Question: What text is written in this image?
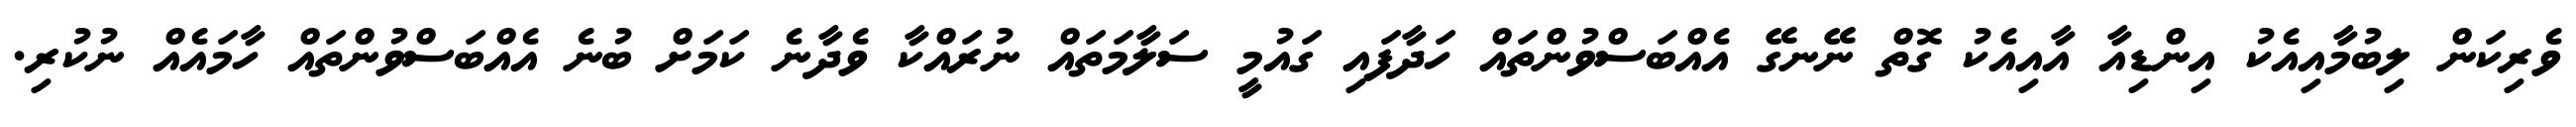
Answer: ވެރިކަން ލިބުމާއިއެކު އިންޑިއާ އާއިއެކު ގޮތް ނޭނގޭ އެއްބަސްވުންތައް ހަދާފައި ގައުމީ ސަލާމަތައް ނުރައްކާ ވެދާނެ ކަމަށް ބުނެ އެއްބަސްވުންތައް ހާމައެއް ނުކުރި.